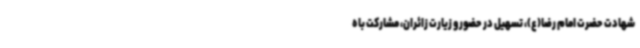
شهادت حضرت امام رضا(ع)، تسهیل در حضور و زیارت زائران، مشارکت با ه